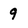
Character: 9